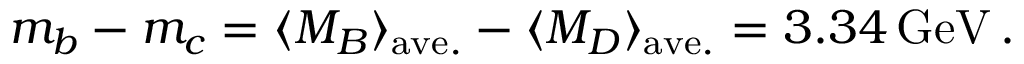
m _ { b } - m _ { c } = \langle M _ { B } \rangle _ { \mathrm { a v e . } } - \langle M _ { D } \rangle _ { \mathrm { a v e . } } = 3 . 3 4 \, \mathrm { G e V } \, .